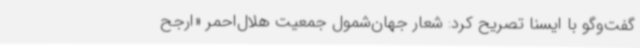
گفت‌وگو با ایسنا تصریح کرد: شعار جهان‌شمول جمعیت هلال‌احمر «ارجح